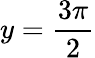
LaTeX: y=\frac{3\pi}{2}